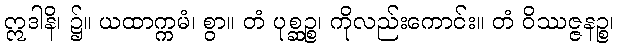
ဣဒါနိ၊ ၌။ ယထာက္ကမံ၊ စွာ။ တံ ပုစ္ဆဉ္စ၊ ကိုလည်းကောင်း။ တံ ဝိဿဇ္ဇနဉ္စ၊